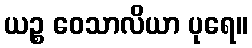
ယဉ္စ ဝေသာလိယာ ပုရေ။